Sanitation, dispensaries and jails vaccination Rajputana 1922-1927 - 1922-1927
Year: 1922
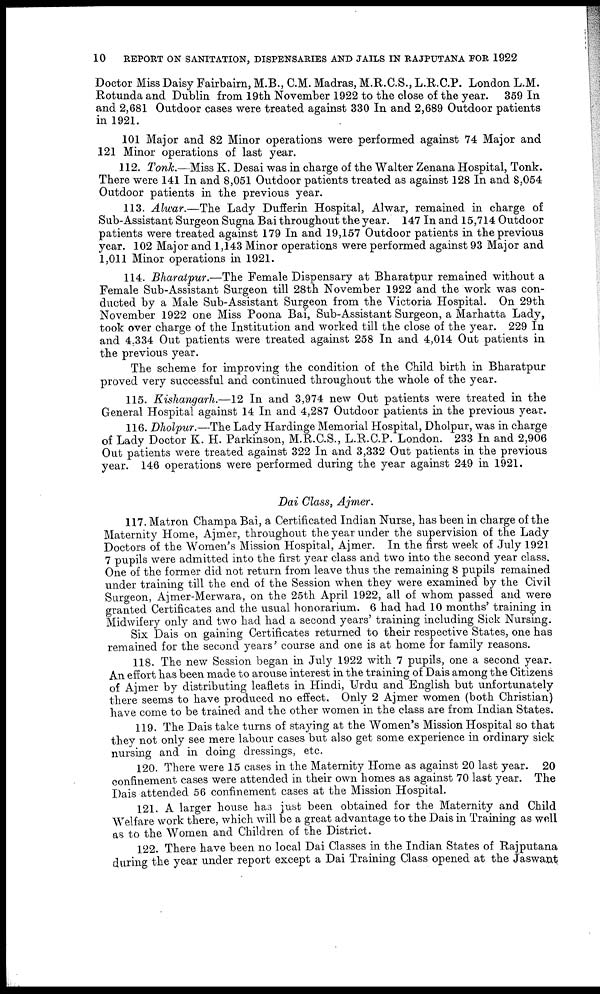
10
REPORT ON SANITATION, DISPENSARIES AND JAILS IN RAJPUTANA FOR 1922
Doctor Miss Daisy Fairbairn, M.B., C.M. Madras, M.R.C.S., L.R.C.P. London L.M.
Rotunda and Dublin from 19th November 1922 to the close of the year. 359 In
and 2,681 Outdoor cases were treated against 330 In and 2,689 Outdoor patients
in 1921.
101 Major and 82 Minor operations were performed against 74 Major and
121 Minor operations of last year.
112. Tonk.—Miss K. Desai was in charge of the Walter Zenana Hospital, Tonk.
There were 141 In and 8,051 Outdoor patients treated as against 128 In and 8,054
Outdoor patients in the previous year.
113. Alwar.—The Lady Dufferin Hospital, Alwar, remained in charge of
Sub-Assistant Surgeon Sugna Bai throughout the year. 147 In and 15,714 Outdoor
patients were treated against 179 In and 19,157 Outdoor patients in the previous
year. 102 Major and 1,143 Minor operations were performed against 93 Major and
1,011 Minor operations in 1921.
114. Bharatpur.—The Female Dispensary at Bharatpur remained without a
Female Sub-Assistant Surgeon till 28th November 1922 and the work was con-
ducted by a Male Sub-Assistant Surgeon from the Victoria Hospital. On 29th
November 1922 one Miss Poona Bai, Sub-Assistant Surgeon, a Marhatta Lady,
took over charge of the Institution and worked till the close of the year. 229 In
and 4.334 Out patients were treated against 258 In and 4,014 Out patients in
the previous year.
The scheme for improving the condition of the Child birth in Bharatpur
proved very successful and continued throughout the whole of the year.
115. Kishangarh.—12 In and 3,974 new Out patients were treated in the
General Hospital against 14 In and 4,287 Outdoor patients in the previous year.
116. Dholpur.—The Lady Hardinge Memorial Hospital, Dholpur, was in charge
of Lady Doctor K. H. Parkinson, M.R.C.S., L.R.C.P. London. 233 In and 2,906
Out patients were treated against 322 In and 3,332 Out patients in the previous
year. 146 operations were performed during the year against 249 in 1921.
Dai Class, Ajmer.
117. Matron Champa Bai, a Certificated Indian Nurse, has been in charge of the
Maternity Home, Ajmer, throughout the year under the supervision of the Lady
Doctors of the Women's Mission Hospital, Ajmer. In the first week of July 1921
7 pupils were admitted into the first year class and two into the second year class.
One of the former did not return from leave thus the remaining 8 pupils remained
under training till the end of the Session when they were examined by the Civil
Surgeon, Ajmer-Merwara, on the 25th April 1922, all of whom passed and were
granted Certificates and the usual honorarium. 6 had had 10 months' training in
Midwifery only and two had had a second years' training including Sick Nursing.
Six Dais on gaining Certificates returned to their respective States, one has
remained for the second years' course and one is at home for family reasons.
118. The new Session began in July 1922 with 7 pupils, one a second year.
An effort has been made to arouse interest in the training of Dais among the Citizens
of Ajmer by distributing leaflets in Hindi, Urdu and English but unfortunately
there seems to have produced no effect. Only 2 Ajmer women (both Christian)
have come to be trained and the other women in the class are from Indian States.
119. The Dais take turns of staying at the Women's Mission Hospital so that
they not only see mere labour cases but also get some experience in ordinary sick
nursing and in doing dressings, etc.
120. There were 15 cases in the Maternity Home as against 20 last year. 20
confinement cases were attended in their own homes as against 70 last year. The
Dais attended 56 confinement cases at the Mission Hospital.
121. A larger house has just been obtained for the Maternity and Child
Welfare work there, which will be a great advantage to the Dais in Training as well
as to the Women and Children of the District.
122. There have been no local Dai Classes in the Indian States of Rajputana
during the year under report except a Dai Training Class opened at the Jaswant.